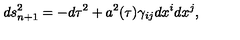
d s _ { n + 1 } ^ { 2 } = - d \tau ^ { 2 } + a ^ { 2 } ( \tau ) \gamma _ { i j } d x ^ { i } d x ^ { j } ,